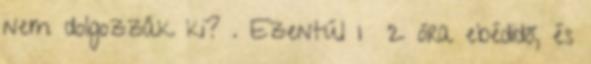
nem dolgozzák ki? . Ezentúl 1 2 óra ebédidő, és